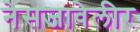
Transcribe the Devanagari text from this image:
नेसजावेलीर